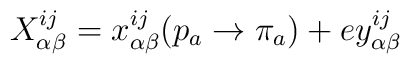
X_{\alpha \beta }^{ij}=x_{\alpha \beta }^{ij}(p_a\rightarrow \pi _a)+ey_{\alpha \beta }^{ij}